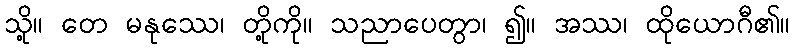
သို့။ တေ မနုဿေ၊ တို့ကို။ သညာပေတွာ၊ ၍။ အဿ၊ ထိုယောဂီ၏။